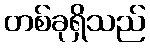
တစ်ခုရှိသည်